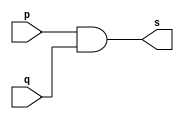
// -- PUC Minas - Instituto de Ciencias Exatas e Informatica
// -- Ciencia da Computacao - Professor Theldo Cruz
// Nome: ANA CRISTINA PEREIRA TEIXEIRA

// Exemplo0003 - AND 

// ------------------------- 
// -- and gate 
// ------------------------- 
module andgate ( output s, input p, input q);
	assign s = p & q;
endmodule // andgate

// ---------------------
// -- test and gate 
// --------------------- 
module testandgate;
	// ------------------------- dados locais
	reg a, b; // definir registradores
	wire s; // definir conexao (fio)
	
	// ------------------------- instancia
	andgate AND1 (s, a, b);
	
	// ------------------------- preparacao
	initial begin:start
		// atribuicao simultanea
		// dos valores iniciais
		a=0; b=0;
	end
	
	// ------------------------- parte principal
	initial begin
		$display("Exemplo 0003 - ANA CRISTINA - 427385");
		$display("Test AND gate");
		$display("\na & b = s\n");
		a=0; b=0;
		
		#1 $display("%b & %b = %b", a, b, s);
		a=0; b=1;
		
		#1 $display("%b & %b = %b", a, b, s);
		a=1; b=0;
		
		#1 $display("%b & %b = %b", a, b, s);
		a=1; b=1;
		
		#1 $display("%b & %b = %b", a, b, s);
	end
endmodule // testandgate

// -- Testes
// Exemplo 0003 - ANA CRISTINA - 427385
// Test AND gate
// a & b = s
// 0 & 0 = 0
// 0 & 1 = 0
// 1 & 0 = 0
// 1 & 1 = 1